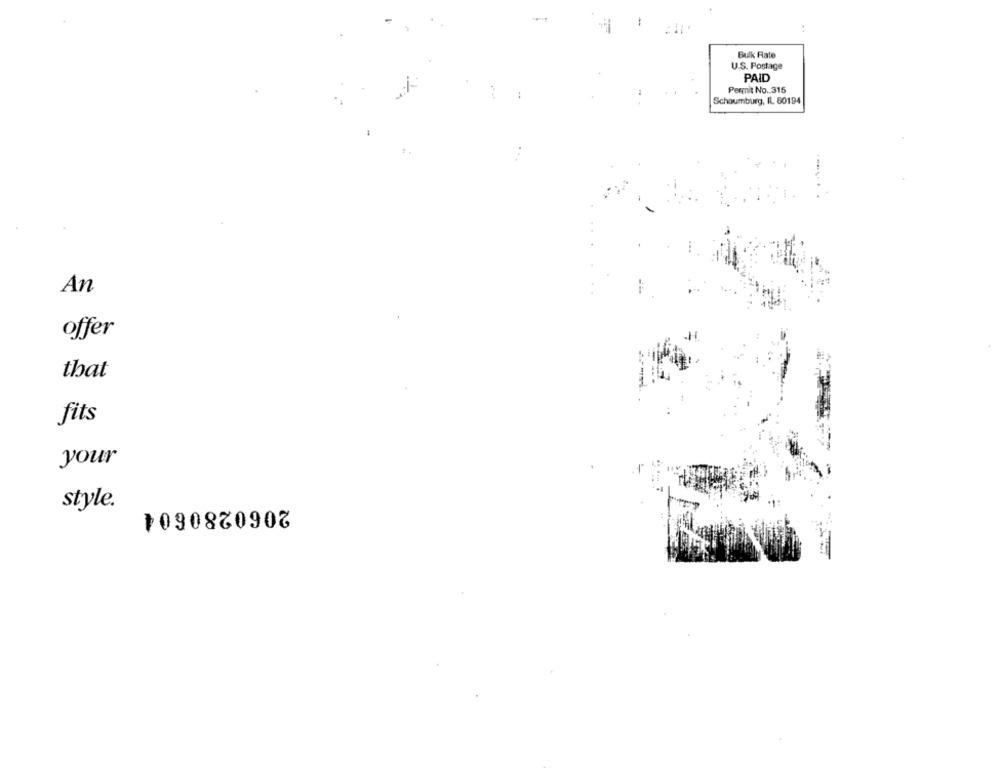
Bulk Rate
U.S. Postage
PAID
Permit No. 315
Schaumburg, IL 60194
An
offer
that
fits
your
style.
2060280604